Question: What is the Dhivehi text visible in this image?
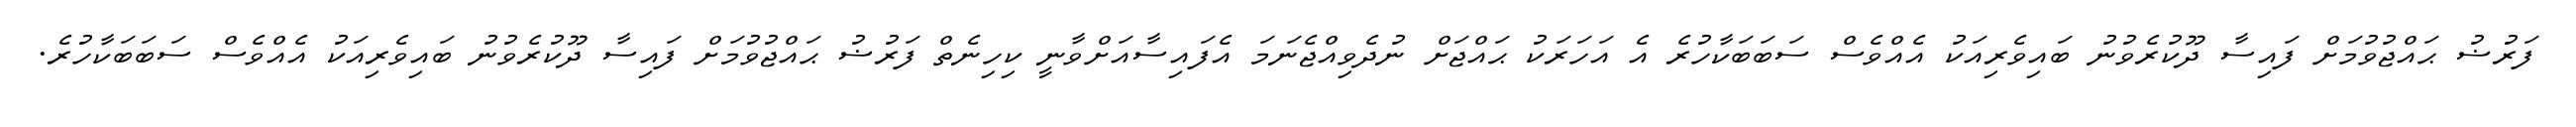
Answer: ފަރުޟު ޙައްޖުވުމަށް ފައިސާ ދޫކުރެވުނު ބައިވެރިއަކު އެއްވެސް ސަބަބަކާހުރެ އެ އަހަރަކު ޙައްޖަށް ނުދެވިއްޖެނަމަ އެފައިސާއަށްވާނީ ކިހިނެތް ފަރުޟު ޙައްޖުވުމަށް ފައިސާ ދޫކުރެވުނު ބައިވެރިއަކު އެއްވެސް ސަބަބަކާހުރެ.